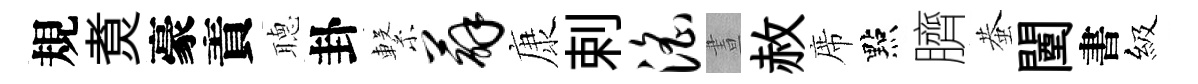
規煑豪責𦗟卦繋薜康剌淫晝赦席點臍蛬闉書級